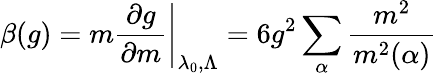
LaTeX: \beta(g)=\left.m\frac{\partial g}{\partial m}\right|_{\lambda_{0},\Lambda}=6g^{2}\sum_{\alpha}\frac{m^{2}}{m^{2}(\alpha)}